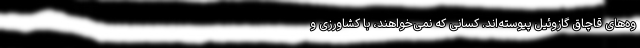
وه‌های قاچاق گازوئیل پیوسته‌اند. کسانی که نمی‌خواهند، با کشاورزی و